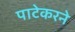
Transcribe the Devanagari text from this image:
पाटेकरने